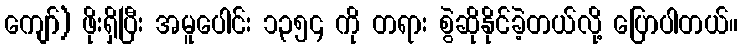
ကျော်) ဖိုးရှိပြီး အမူပေါင်း ၁၃၅၄ ကို တရား စွဲဆိုနိုင်ခဲ့တယ်လို့ ပြောပါတယ်။